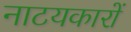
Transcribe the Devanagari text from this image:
नाटयकारों